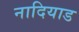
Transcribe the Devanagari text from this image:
नादियाड